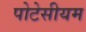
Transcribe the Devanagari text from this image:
पोटेसीयम